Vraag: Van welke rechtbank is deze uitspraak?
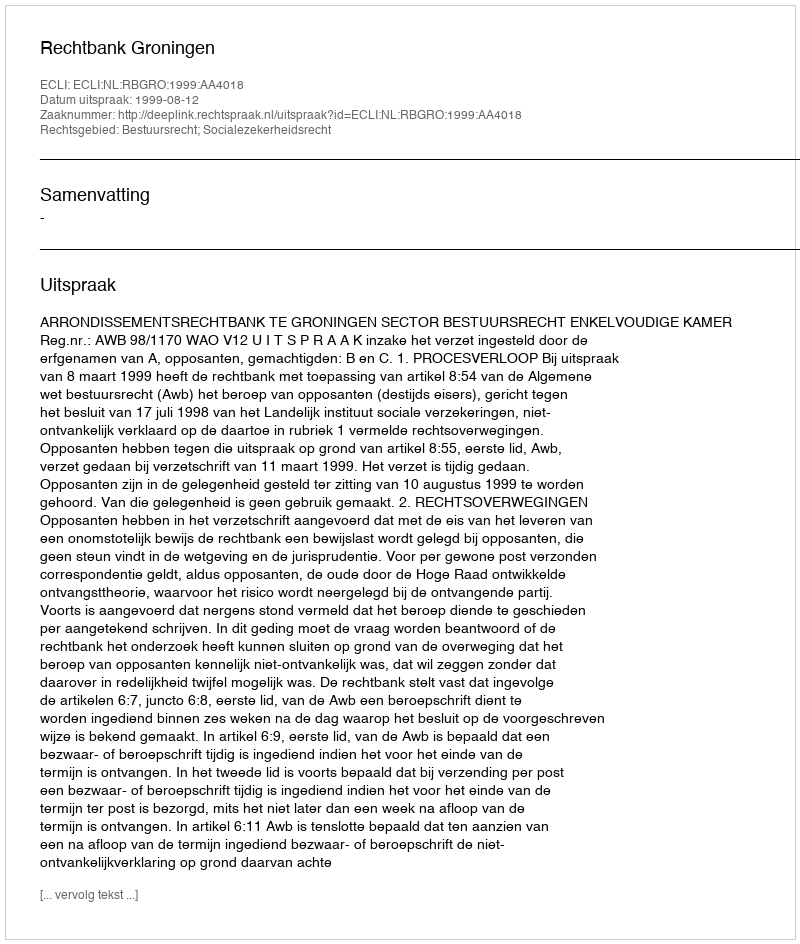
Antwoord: Rechtbank Groningen